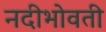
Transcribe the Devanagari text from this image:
नदीभोवती